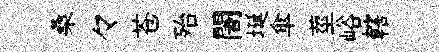
桑々苍殆闍埏傘莖峪轄